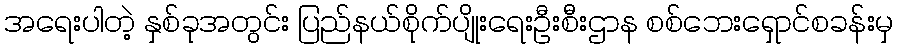
အရေးပါတဲ့ နှစ်ခုအတွင်း ပြည်နယ်စိုက်ပျိုးရေးဦးစီးဌာန စစ်ဘေးရှောင်စခန်းမှ